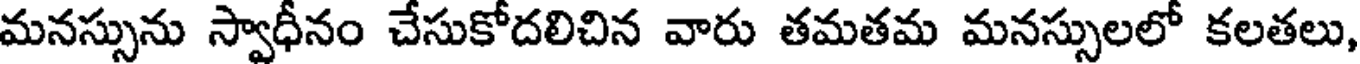
మనస్సును స్వాధీనం చేసుకోదలిచిన వారు తమతమ మనస్సులలో కలతలు,